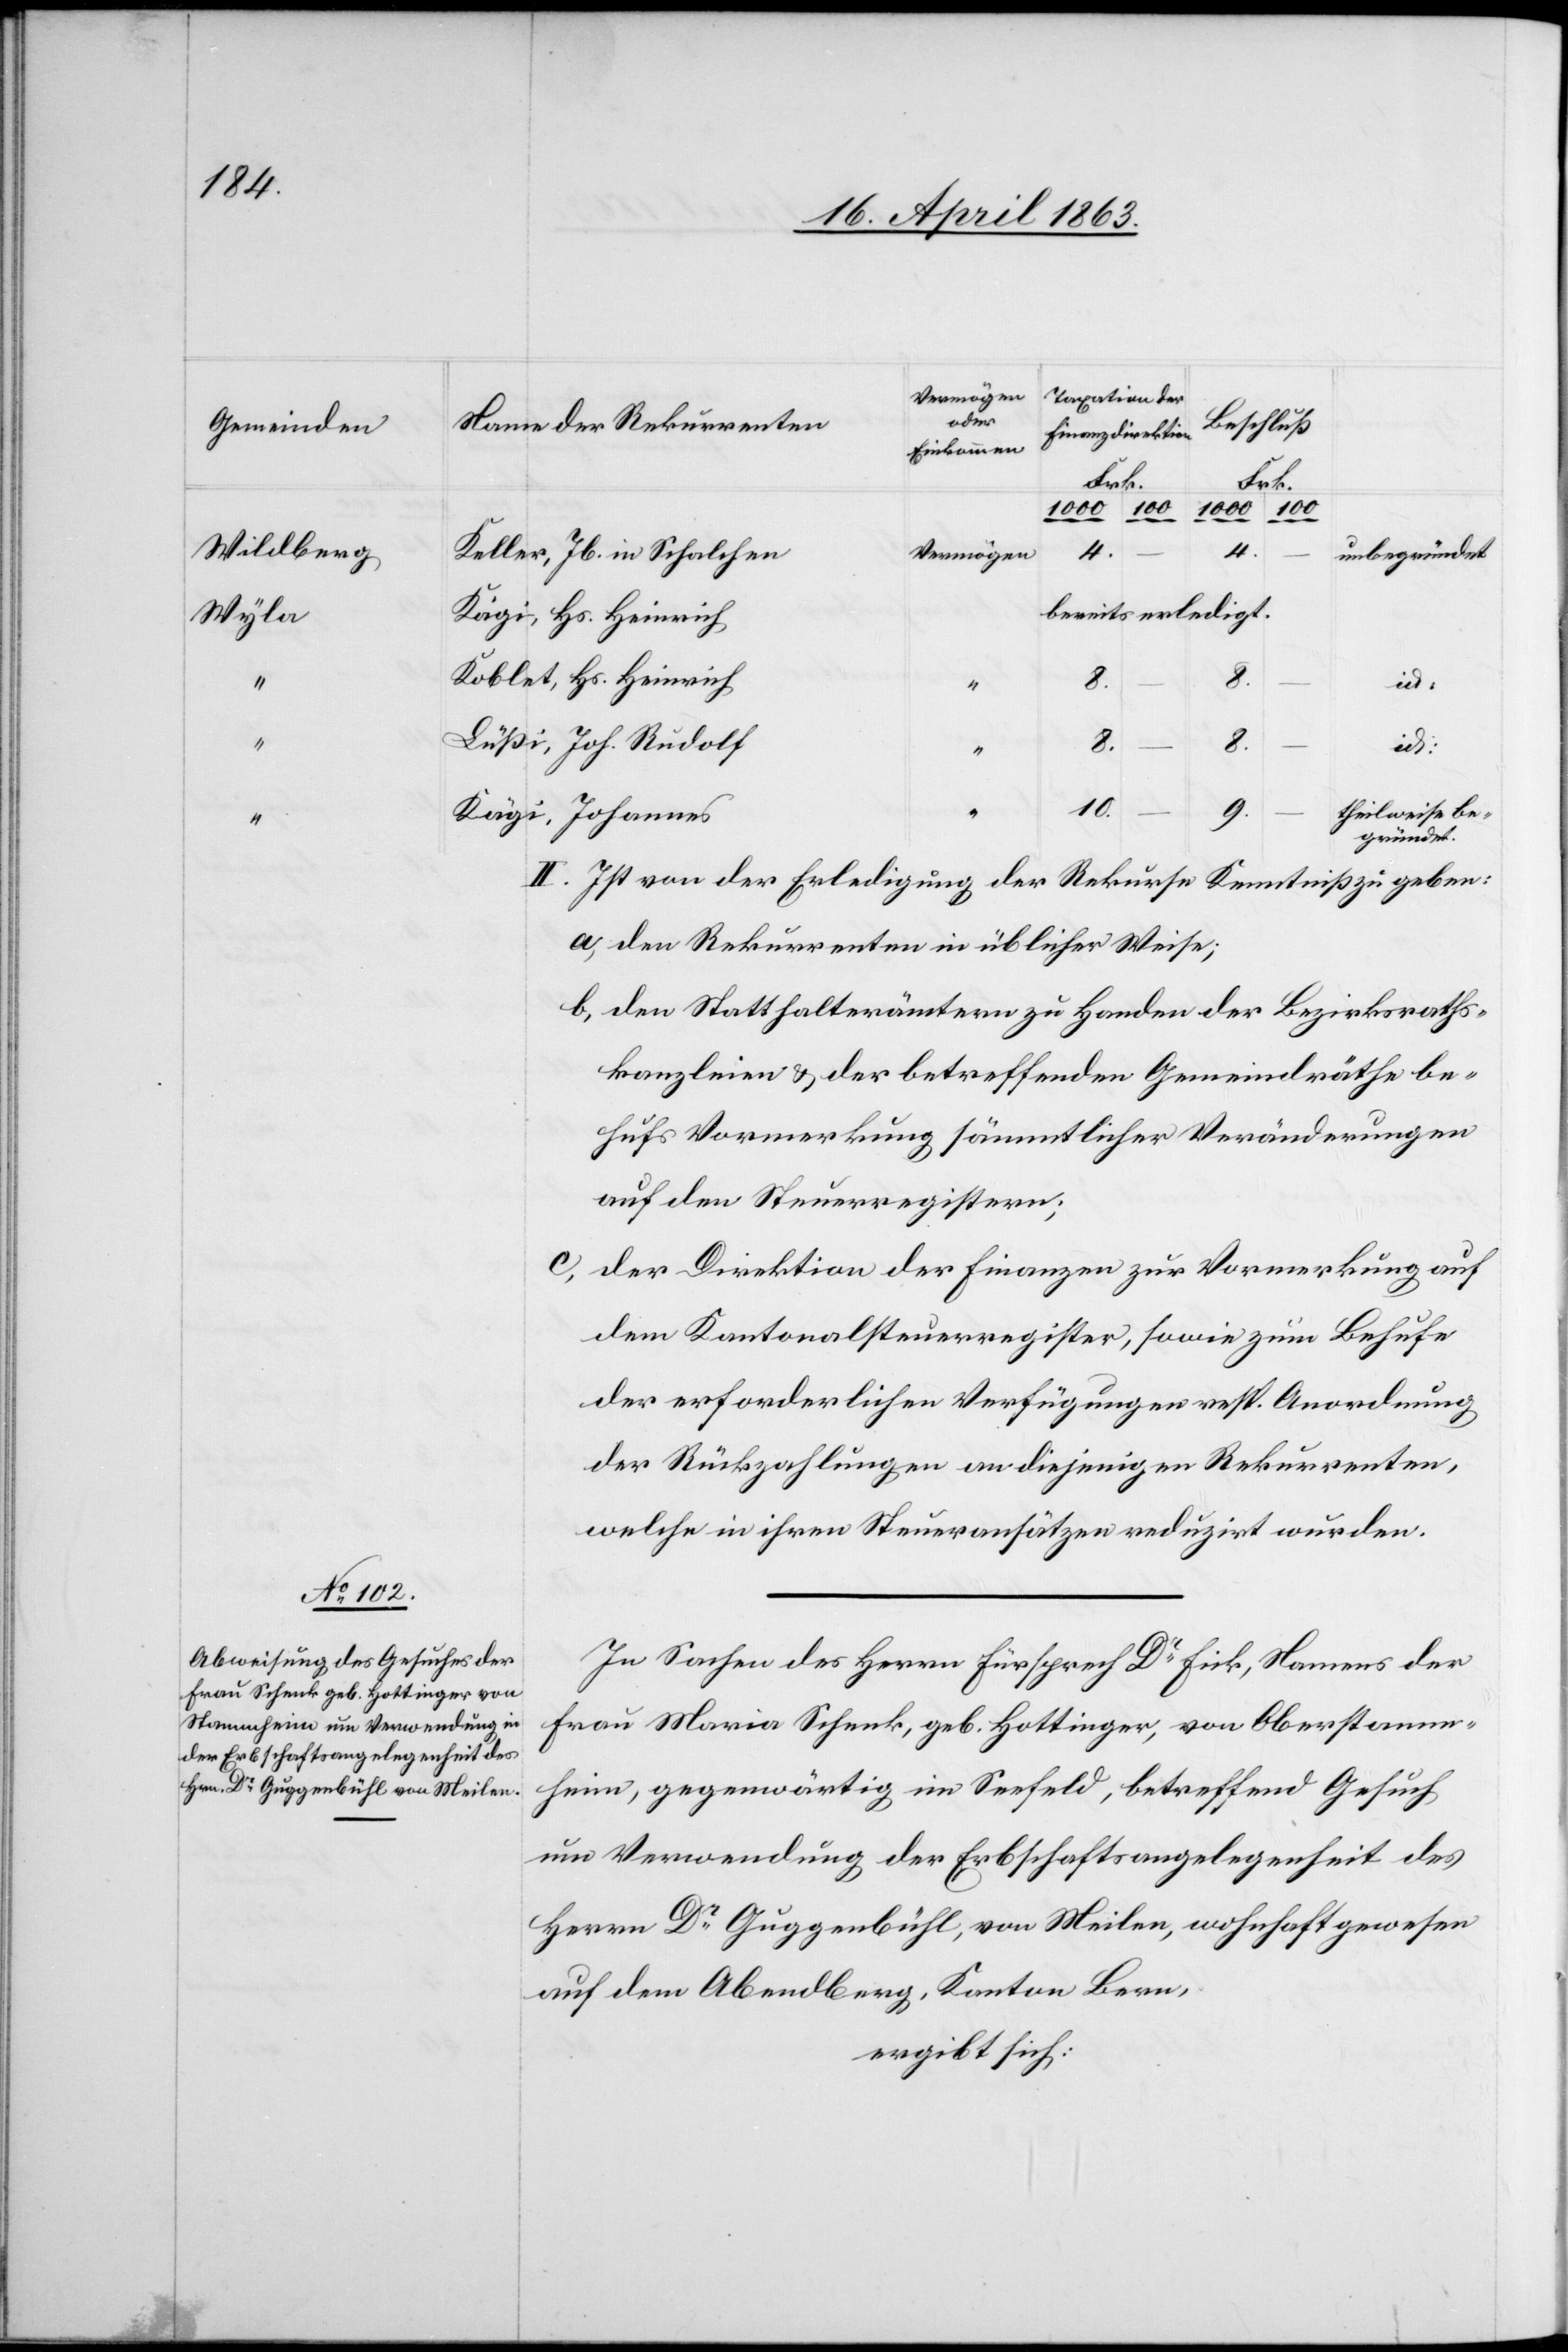
Wildberg
Wyla

Vermögen
4.
4.
unbegründet
Keller, Jb. in Schalchen
bereits erledigt.
Kägi, Hs. Heinrich
Koblet, Hs. Heinrich
8.
id:
Lüßi, Joh. Rudolf
8.
10.
theilweise be¬
Kägi, Johannes
gründet.
II. Ist von der Erledigung der Rekurse Kenntniß zu geben:
a) den Rekurrenten in üblicher Weise;
b) den Statthalterämtern zu Handen der Bezirksraths¬
kanzleien & der betreffenden Gemeindräthe be¬
hufs Vormerkung sämmtlicher Veränderungen
auf den Steuerregistern;
c)
der Direktion der Finanzen zur Vormerkung auf
dem Kantonalsteuerregister, sowie zum Behufe
der erforderlichen Verfügungen resp. Anordnung
der Rückzahlungen an diejenigen Rekurrenten,
welche in ihren Steueransätzen reduzirt wurden.
In Sachen des Herrn Fürsprech Dr Fink, Namens der
Frau Maria Schenk, geb. Hottinger, von Oberstamm¬
heim, gegenwärtig im Seefeld, betreffend Gesuch
um Verwendung der Erbschaftsangelegenheit des
Herrn Dr Guggenbühl, von Meilen, wohnhaft gewesen
auf dem Abendberg, Kanton Bern,
ergibt sich: